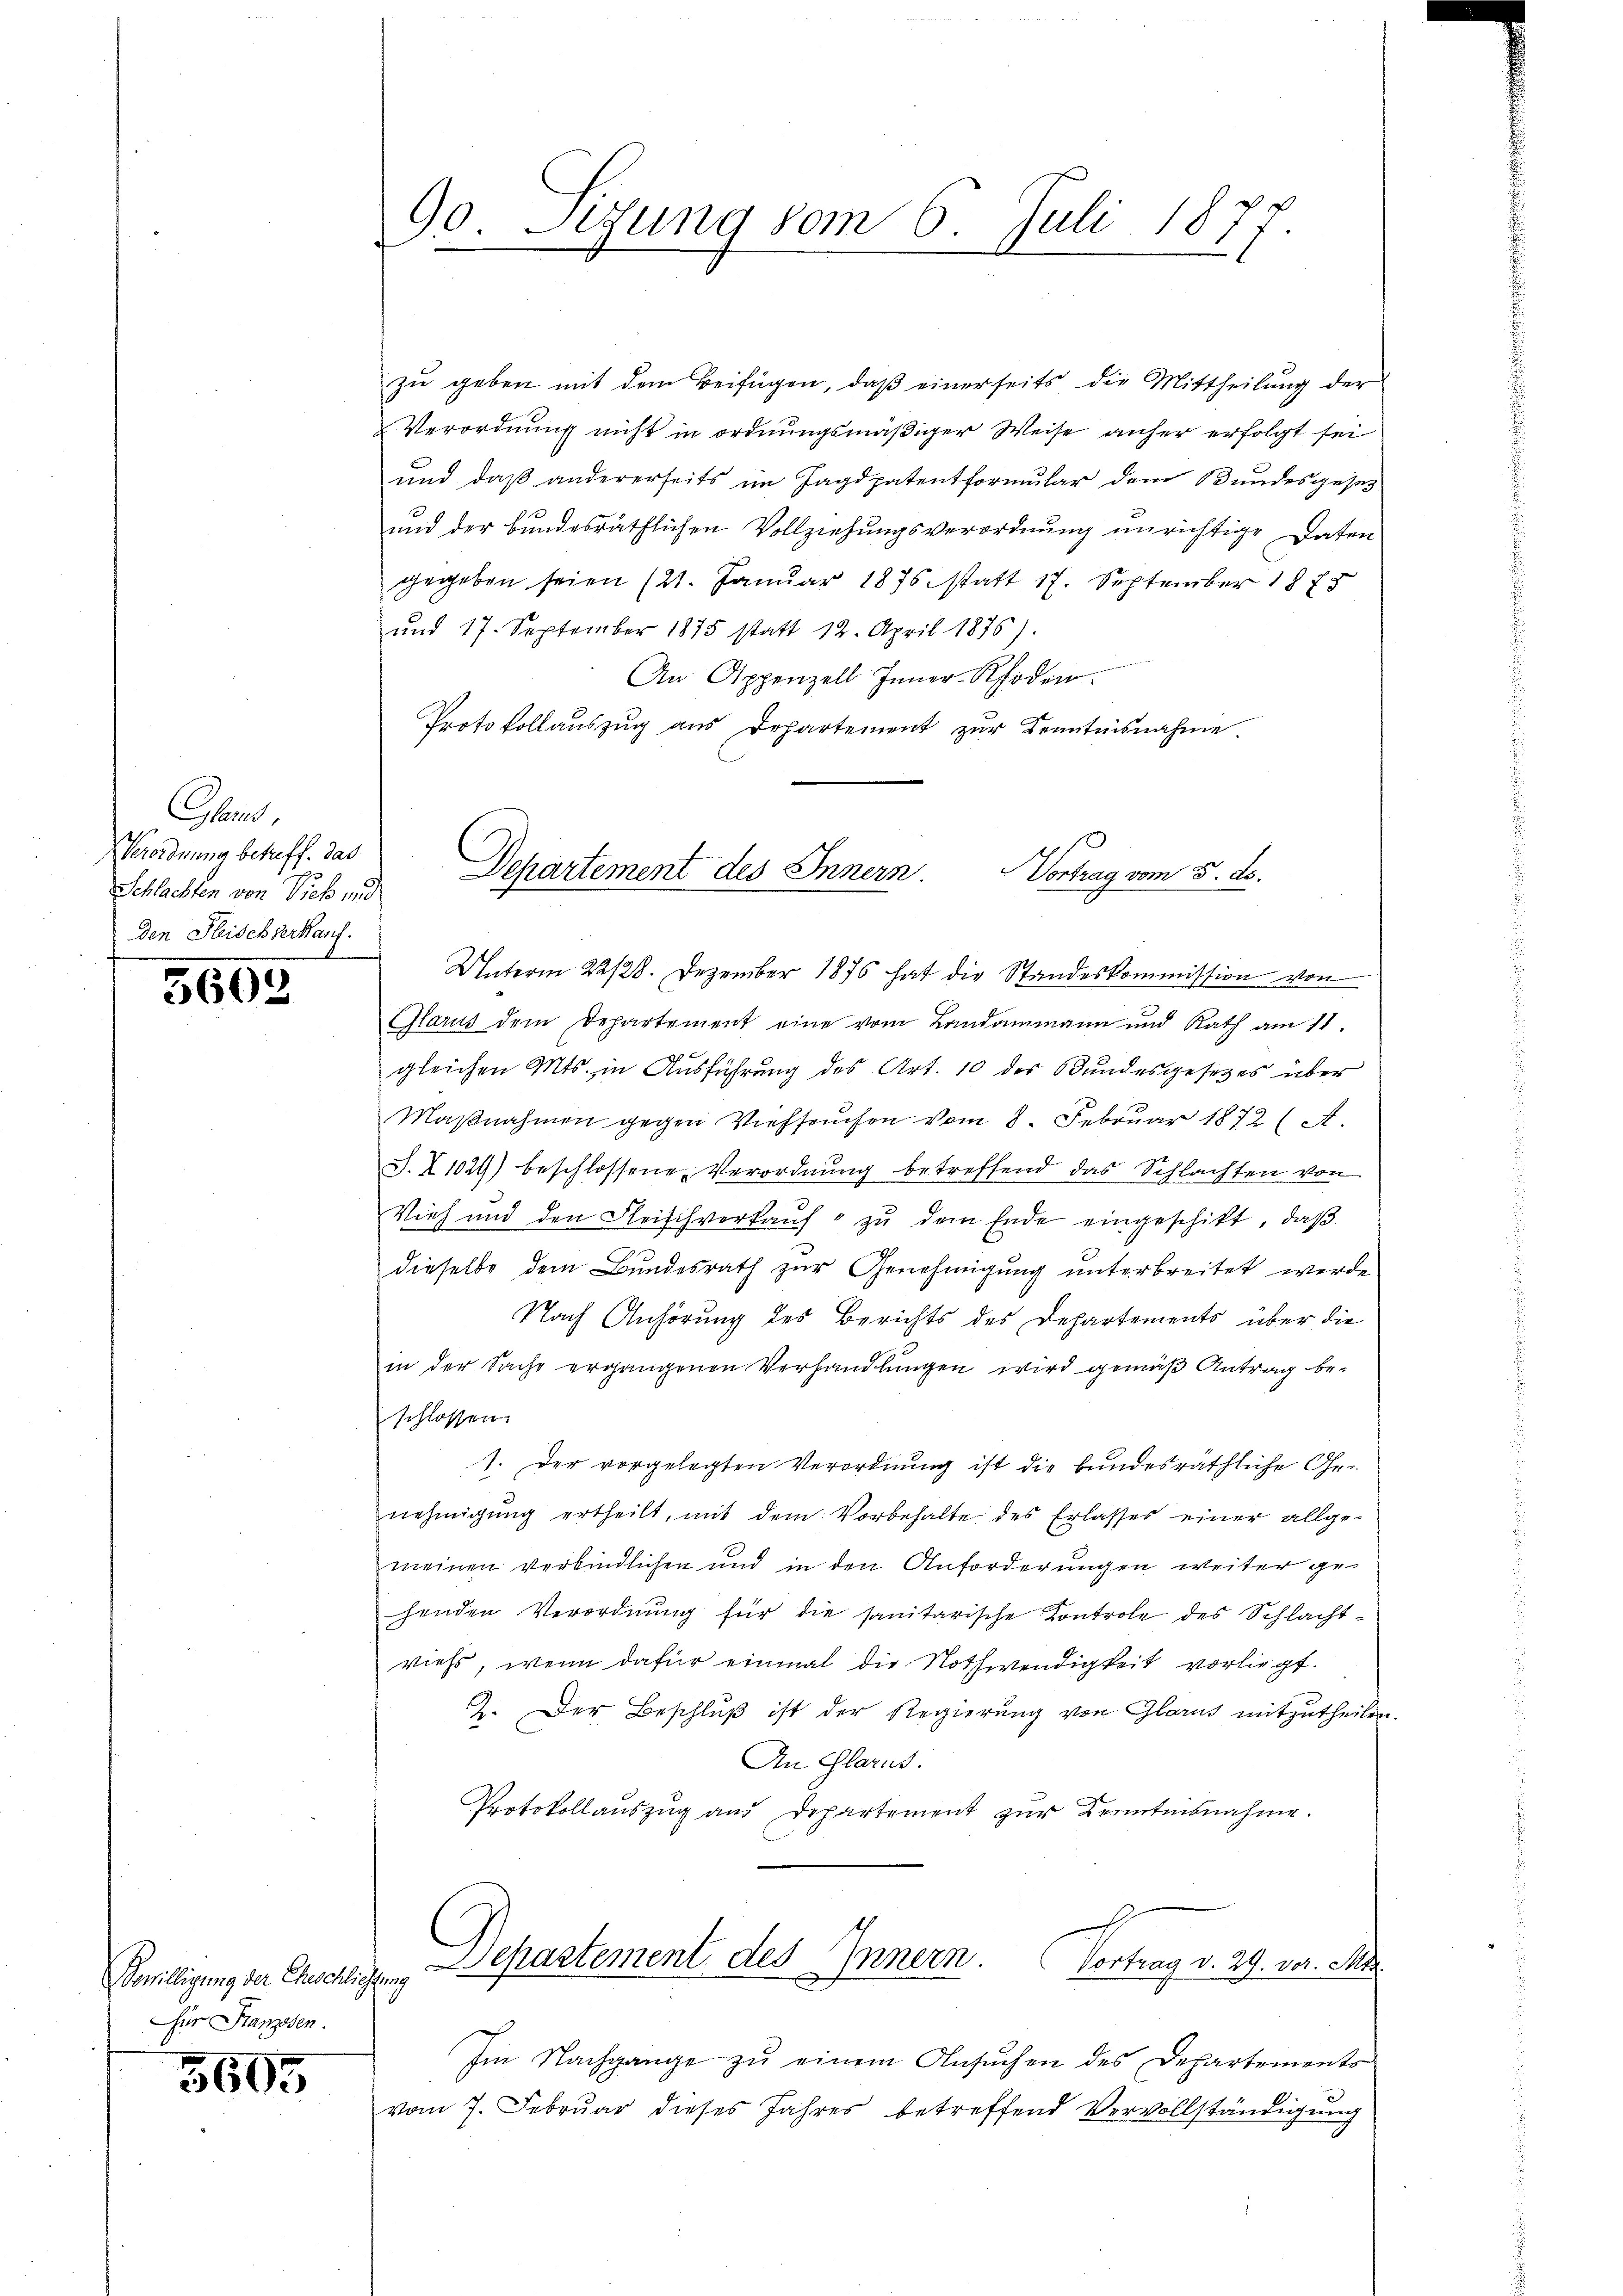
Gan.
Verordnung betreff. das
Schlachten von Vieh und
Den Heidesserkauf.
5

560

Sowilligung der Eheschliche
Für Franzosen.

5605

90. Sizung vom 6. Juli 1877.

zu geben mit dem Beifügen, daß einerseits die Mittheilung der
Verordnung nicht in ordnungsmäßiger Weise anher erfolgt sei
und daß andererseits im Jagdpatentformular dem Bundesgeset
und der bundesräthlichen Vollziehungsverordnung unrichtige Daten
gegeben seien (21. Janŭar 1875 statt 17. September 187
und 17. September 1875 statt 12. April 1876).
An Appenzell Inner-Rhoden.
Protokoll aŭszŭg ans Departement zŭr Kenntnisnahme.

Departement des Innern. Vortrag vom 5. ds.

Unterm 22/28. Dezember 1876 hat die Standeskommission von
Glarus dem Departement eine vom Landammann und Rath am 11.
gleichen Mts. in Ausführung des Art. 10 des Bundesgesetzes über
Maβnahmen gegen Viehseuchen vom 8. Februar 1872 (A.
S. Z 1029) beschlossene Verordnung betreffend das Schlachten von
Vieh und den Fleischverkaŭf " zŭ dem Ende eingeschikt, daβ
dieselbe dem Bundesrath zur Genehmigung unterbreitet werde
Nach Anhörung des Berichts des Departements über die
in der Sache ergangenen Verhandlungen wird gemäß Antrag beschlossen.
1. Der vorgelegten Verordnung ist die bundesräthliche Genehmigŭng ertheilt, mit dem Vorbehalte des Erlasses einer allge-
meinen verbindlichen und in den Anforderungen weiter ge-
henden Verordnŭng für die sanitarische Kontrole des Schlacht:
viehs, wenn dafür einmal die Nothwendigkeit vorliegt.
2. Der Beschlŭβ ist der Regierung von Glarus mitzutheilen.
An Glarus.
Protokollauszug aus Departement zur Kenntnisnahme.

Separtement des Innern. Vortrag v. 29. vor. Mts.
1

Im Nachgange zu einem Ansuchen des Departements
vom 7. Februar dieses Jahres betreffend Vervollständigung